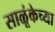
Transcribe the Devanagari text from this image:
साळूंकेच्या